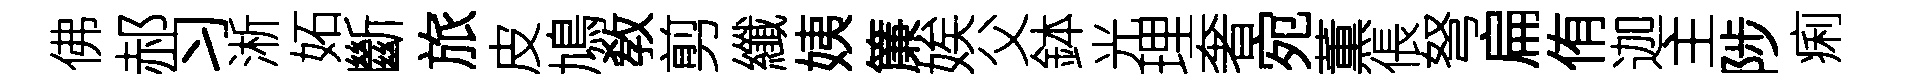
佛郝习淅妬斷旅皮鳩敎剪纖姨簾娭父鉢光理奢宛薫倀弩扁侑迦主陟痢